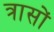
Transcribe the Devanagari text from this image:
त्रासों